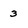
Character: 3